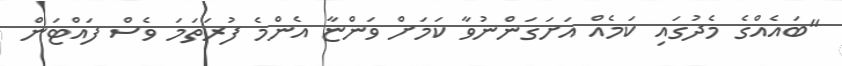
"ބައެއްގެ މެދުގައި ކަމެއް އަށަގަންނުވާ ކަމަށް ވަންޏާ އެންމެ ފުރަތަމަ ވެސް ފައްޓަން